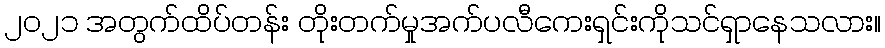
၂၀၂၁ အတွက်ထိပ်တန်း တိုးတက်မှုအက်ပလီကေးရှင်းကိုသင်ရှာနေသလား။